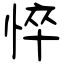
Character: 悴